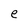
Character: e